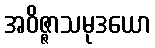
အဝိဇ္ဇာသမုဒယော